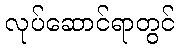
လုပ်ဆောင်ရာတွင်